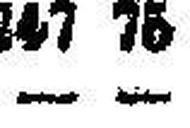
— —